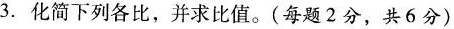
3.化简下列各比，并求比值。(每题2分，共6分)